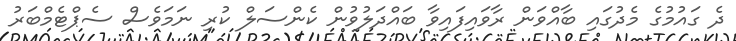
ދެ ގައުމުގެ މެދުގައި ބާއްވަން ރާވައިފައިވާ ބައްދަލުވުން ކެންސަލް ކުރި ނަމަވެސް ސެޕްޓެމްބަރު